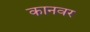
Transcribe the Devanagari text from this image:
कानवर